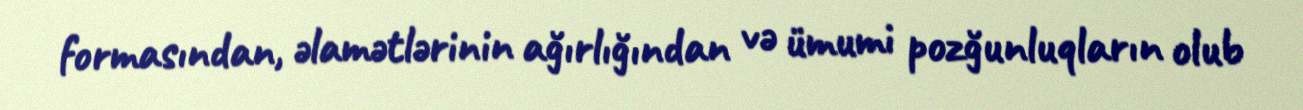
formasından, əlamətlərinin ağırlığından və ümumi pozğunluqların olub